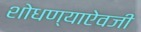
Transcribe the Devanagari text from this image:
शोधण्याऐवजी